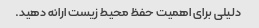
دلیلی برای اهمیت حفظ محیط زیست ارائه دهید.